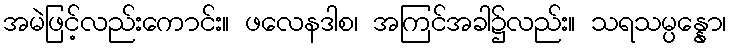
အမဲဖြင့်လည်းကောင်း။ ဖလေနဒါစ၊ အကြင်အခါ၌လည်း။ သရသမ္ပန္နော၊